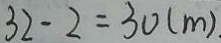
3 2 - 2 = 3 0 ( m ) .